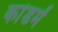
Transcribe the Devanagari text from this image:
कांडमें